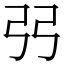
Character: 弜